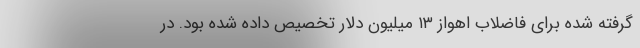
گرفته شده برای فاضلاب اهواز ۱۳ میلیون دلار تخصیص داده شده بود. در